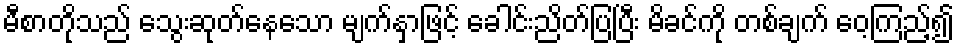
မီစာတိုသည် သွေးဆုတ်နေသော မျက်နှာဖြင့် ခေါင်းညိတ်ပြပြီး မိခင်ကို တစ်ချက် ဝေ့ကြည့်၍